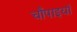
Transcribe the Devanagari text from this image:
चौंपाइयाँ